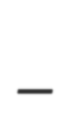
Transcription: -